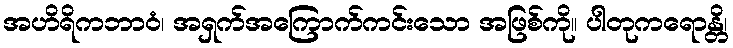
အဟိရိကဘာဝံ၊ အရှက်အကြောက်ကင်းသော အဖြစ်ကို။ ပါတုကရောန္တိ၊